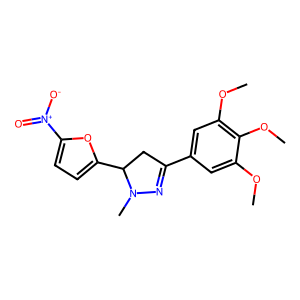
SMILES: COc1cc(C2=NN(C)C(c3ccc([N+](=O)[O-])o3)C2)cc(OC)c1OC
Inhibits HIV replication: No